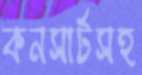
কনসার্টসহ